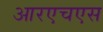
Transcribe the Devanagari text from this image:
आरएचएस